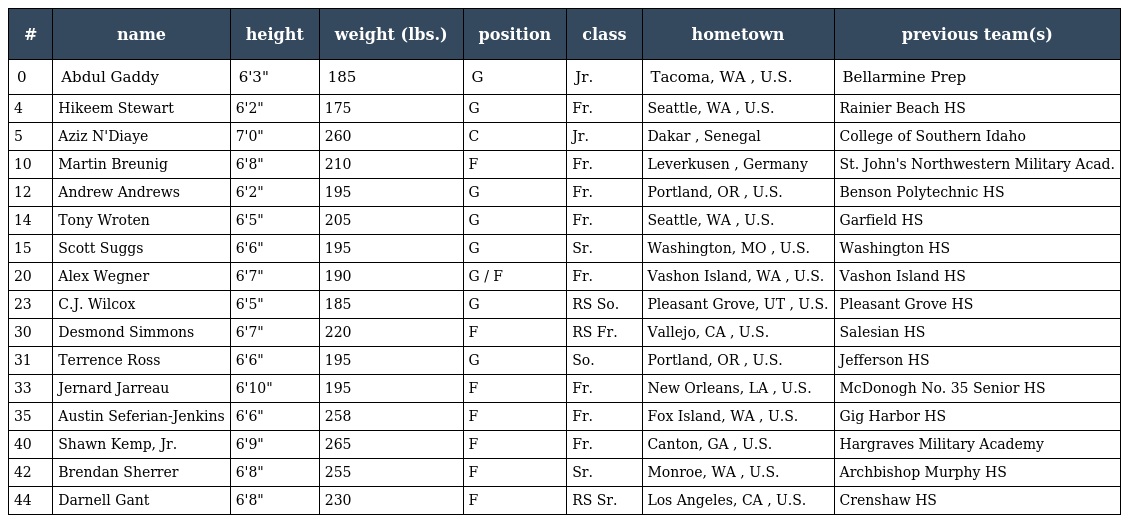
| # | name | height | weight (lbs.) | position | class | hometown | previous team(s) |
 | --- | --- | --- | --- | --- | --- | --- | --- |
 | 0 | Abdul Gaddy | 6'3" | 185 | G | Jr. | Tacoma, WA , U.S. | Bellarmine Prep |
 | 4 | Hikeem Stewart | 6'2" | 175 | G | Fr. | Seattle, WA , U.S. | Rainier Beach HS |
 | 5 | Aziz N'Diaye | 7'0" | 260 | C | Jr. | Dakar , Senegal | College of Southern Idaho |
 | 10 | Martin Breunig | 6'8" | 210 | F | Fr. | Leverkusen , Germany | St. John's Northwestern Military Acad. |
 | 12 | Andrew Andrews | 6'2" | 195 | G | Fr. | Portland, OR , U.S. | Benson Polytechnic HS |
 | 14 | Tony Wroten | 6'5" | 205 | G | Fr. | Seattle, WA , U.S. | Garfield HS |
 | 15 | Scott Suggs | 6'6" | 195 | G | Sr. | Washington, MO , U.S. | Washington HS |
 | 20 | Alex Wegner | 6'7" | 190 | G / F | Fr. | Vashon Island, WA , U.S. | Vashon Island HS |
 | 23 | C.J. Wilcox | 6'5" | 185 | G | RS So. | Pleasant Grove, UT , U.S. | Pleasant Grove HS |
 | 30 | Desmond Simmons | 6'7" | 220 | F | RS Fr. | Vallejo, CA , U.S. | Salesian HS |
 | 31 | Terrence Ross | 6'6" | 195 | G | So. | Portland, OR , U.S. | Jefferson HS |
 | 33 | Jernard Jarreau | 6'10" | 195 | F | Fr. | New Orleans, LA , U.S. | McDonogh No. 35 Senior HS |
 | 35 | Austin Seferian-Jenkins | 6'6" | 258 | F | Fr. | Fox Island, WA , U.S. | Gig Harbor HS |
 | 40 | Shawn Kemp, Jr. | 6'9" | 265 | F | Fr. | Canton, GA , U.S. | Hargraves Military Academy |
 | 42 | Brendan Sherrer | 6'8" | 255 | F | Sr. | Monroe, WA , U.S. | Archbishop Murphy HS |
 | 44 | Darnell Gant | 6'8" | 230 | F | RS Sr. | Los Angeles, CA , U.S. | Crenshaw HS |